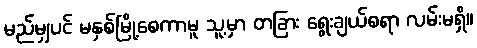
မည်မျှပင် မနှစ်မြို့စေကာမူ သူ့မှာ တခြား ရွေးချယ်စရာ လမ်းမရှိ။